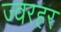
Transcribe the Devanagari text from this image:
ज्वरहर